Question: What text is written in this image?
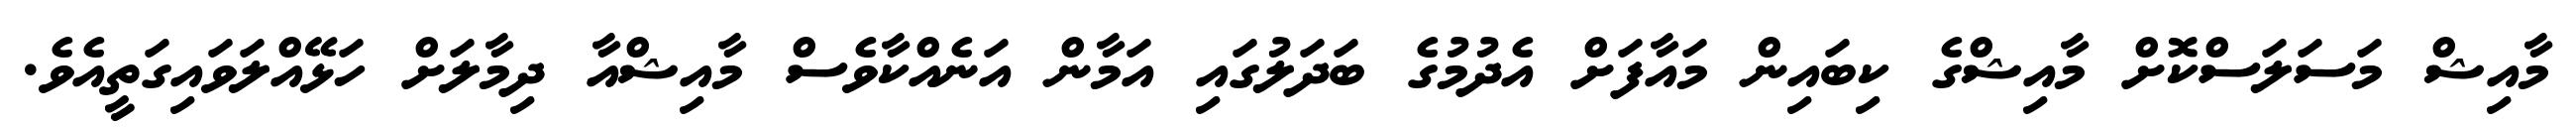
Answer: މާއިޝް މަސަލަސްކޮށް މާއިޝްގެ ކިބައިން މައާފަށް އެދުމުގެ ބަދަލުގައި އަމާން އަނެއްކާވެސް މާއިޝްއާ ދިމާލަށް ހަޅޭއްލަވައިގަތީއެވެ.